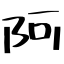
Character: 阿